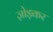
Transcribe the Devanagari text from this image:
ज़ोड़कर